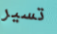
تسير